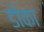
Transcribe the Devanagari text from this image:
डोका